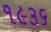
૧૯૩૬